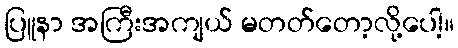
ပြူနာ အကြီးအကျယ် မတတ်တော့လို့ပေါ့။